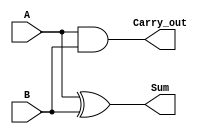
module HalfAdder (
    input A,
    input B,
    output Sum,
    output Carry_out
);

assign Sum = A ^ B;
assign Carry_out = A & B;

endmodule